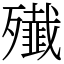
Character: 殱